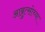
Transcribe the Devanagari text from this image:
आब्रुत्सोच्या